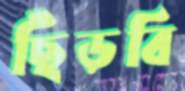
ছিঁড়বি